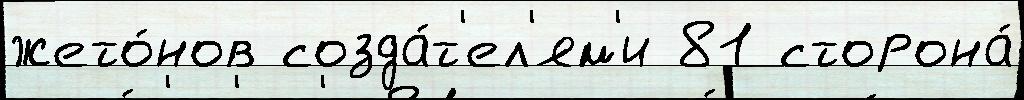
жето́нов созда́т'ел'ям'и 81 сторона́